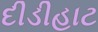
દીડીહાટ